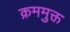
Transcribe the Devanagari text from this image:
क्रममुक्त